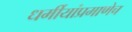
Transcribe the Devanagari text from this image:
धर्मीयांप्रमाणेच